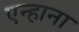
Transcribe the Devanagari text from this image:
एन्हाना